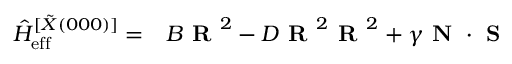
\begin{array} { r l } { \hat { H } _ { \mathrm { e f f } } ^ { [ \tilde { X } ( 0 0 0 ) ] } = } & { { } B \textbf { R } ^ { 2 } - D \textbf { R } ^ { 2 } \textbf { R } ^ { 2 } + \gamma \textbf { N } \cdot \textbf { S } } \end{array}